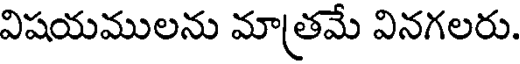
విషయములను మాత్రమే వినగలరు.